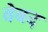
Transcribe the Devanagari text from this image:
वेबद